Vaccination Hyderabad 1872-1889 - 1872-1889
Year: 1872
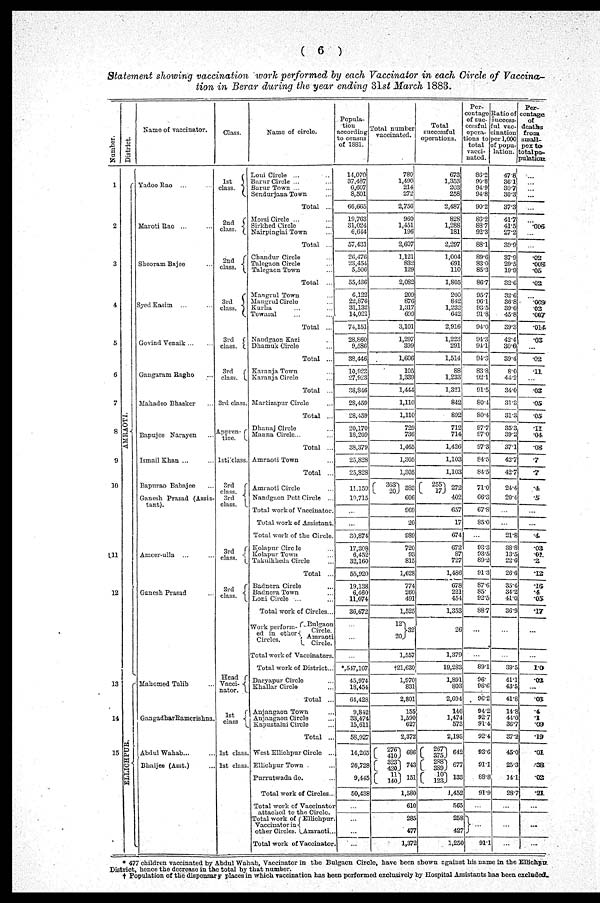
( 6 )
Statement showing vaccination work performed by each Vaccinator in each Circle of Vaccina-
tion in Berar during the year ending 31st March 1883.
Number.
1
2
3
4
5
6
7
8
9
10
11
12
13
14
15
District.
AMRAOTI.
ELLICHPUR.
Name of vaccinator.
YadooRao ... ...
Maroti Rao ... ...
Sheoram Bajee ...
Syed Kasim ... ...
Govind Venaik ... ...
Gangaram Ragho ...
Mahadeo Bhasker ...
Bapujee Narayen ...
Ismail Khan ... ...
Bapurao Babajee ...
Ganesh Prasad (Assis-
tant).
Ameer-ulla ... ...
Ganesh Prasad ...
Mahomed Talib ...
Gangadhar Ramerishna.
Abdul Wahab... ...
Bhaijee (Asst.) ...
Class.
1st
class.
2nd
class.
2nd
class.
3rd
class.
3rd
class.
3rd
class.
3rd class.
Appren-
tice
1st class.
3rd
class.
3rd
class.
3rd
class.
3rd
class.
Head
Vacci-
nator.
1st
class
1st class.
1st class.
Name of circle.
Loni Circle ... ...
Barur Circle ... ...
Barur Town ... ...
Sendurjana Town ...
Total ...
Morsi Circle ... ...
Sirkhed Circle ...
Nairpinglai Town ...
Total ...
Chandur Circle ...
Talegaon Circle ...
Talegaon Town ...
Total ...
Mangrul Town ...
Mangrul Circle ...
Kurha ... ...
Tewasal ... ...
Total ...
Nandgaon Kazi ...
Dhamuk Circle ...
Total ...
Karanja Town ...
Karanja Circle ...
Total ...
Martizapur Circle ...
Total ...
Dhanaj Circle ...
Manna Circle... ...
Total ...
Amraoti Town ...
Total ...
Amraoti Circle ...
Nandgaon Pett Circle ...
Total work of Vaccinator.
Total work of Assistant.
Total work of the Circle.
Kolapur Circle ...
Kolapur Town ...
Takulkheda Circle ...
Total ...
Badnera Circle ...
Badnera Town ...
Loni Circle ...
Total work of Circles...
Work perform-
ed in other-
Circles.
Bnlgaon
Circle.
Amraoti
Circle.
Total work of Vaccinators.
Total work of District...
Daryapur Circle ...
Khallar Circle ...
Total ...
Anjangaon Town ...
Anjangaon Circle ...
Kapustalni Circle ...
Total ...
West Ellichpur Circle ...
Ellichpur Town ....
Purrutwada do. ...
Total work of Circles...
Total work of Vaccinator
attached to the Circle.
Total work of
Vaccinator in
other Circles.
Ellichpur.
Amraoti..
Total work of Vaccinator.
Popula-
tion
according
to census
of 1881.
14,070
37,487
6,607
8,501
66,665
19,763
31,024
6,644
57,431
26,476
23,454
5,506
55,436
6,122
22,876
31,132
14.021
74,151
28,860
9,586
38,446
10,923
27,923
38,846
28,459
28,459
20,170
18,209
38,379
25,828
25,828
11,159
19,715
...
...
30,874
17,308
6,452
32,160
55,920
19,138
6,460
11,074
36,672
...
...
...
*547,107
45,974
18,454
64,428
9,842
66,474
15,611
58,927
14,265
26,728
9,445
50,438
...
...
...
...
Total number
vaccinated.
780
1,490
214
272
2,756
960
1,451
196
2,607
1,121
832
129
2,082
209
876
1,317
699
3,101
1,297
399
1,606
105
1,339
1,444
1,110
1,110
729
736
1,465
1,305
1,305
363
20 383
606
969
20
989
720
93
815
1,628
774
260
491
1,525
12
20
32
1,557
†21,630
1,970
831
2,801
155
1,590
627
2,372
276
410
323
420
11
140
686
743
151
1,580
610
285
477
1,372
Total
successful
operations.
673
1,353
203
258
2,487
828
1,288
181
2,297
1,004
691
110
1,805
200
842
1,232
642
2,916
1,223
291
1,514
88
1,233
1,321
842
892
712
714
1,426
1,103
1,103
255
17
272
402
657
17
674
672
87
727
1,486
678
221
454
1,353
26
1,379
19,283
1,891
803
2,694
146
1,474
573
2,193
267
375
288
389
10
123
642
677
133
1,452
565
258
427
1,250
Per-
centage
of suc-
cessful
opera-
tions to
total
vacci-
nated.
86.2
90.8
94.9
94.8
90.2
86.2
88.7
92.3
88.1
89.6
83.0
85.3
86.7
95.7
96.1
93.5
91.8
94.0
94.3
94.1
94.3
83.8
92.1
91.5
80.4
80.4
97.7
97.0
97.3
84.55
84.5
71.0
66.3
67.8
85.0
...
93.3
93.5
89.2
91.3
87.6
85.
92.5
88.7
...
...
89.1
96.
96.6
96.2
94.2
92.7
91.4
92.4
93.6
91.1
88.8
91.9
...
...
91.1
Ratio of
success-
ful vac-
cination
per 1,000
of popu-
lation.
47.8
36.1
30.7
30.3
37.3
41.7
41.5
27.2
39.9
37.9
29.5
19.9
32.6
32.6
36.8
39.6
45.8
39.3
42.4
30.6
39.4
8.0
44.2
34.0
31.3
31.3
35.3
39.2
37.1
42.7
42.7
24.4
20.4
...
...
21.8
38.8
13.5
22.6
26.6
35.4
34.2
41.0
36.9
...
...
39.5
41.1
43.5
41.8
14.8
44.0
36.7
37.2
45.0
25.3
14.1
28.7
...
...
...
Per-
centage
of
deaths
from
small-
pox to
total po-
pulations
...
...
...
...
...
...
.006
...
...
.02
.008
.05
.02
...
.009
.02
.007
.014
.03
...
.02
.11
...
.03
.05
.05
.11
.04
.08
.7
.7
. 4
.5
...
...
.4
.03
.01
.2
.12
.16
.4
.05
.17
...
...
1.5
.03
...
.03
.4
.1
.09
.19
.01
.38
.02
.21
...
...
...
* 477 children vaccinated by Abdul Wahab, Vaccinator in the Bulgaon Circle, have been shown against his name in the Ellichpur
District, hence the decrease in the total by that number.
† Population of the dispensary places in which vaccination has been performed exclusively by Hospital Assistants has been excluded.